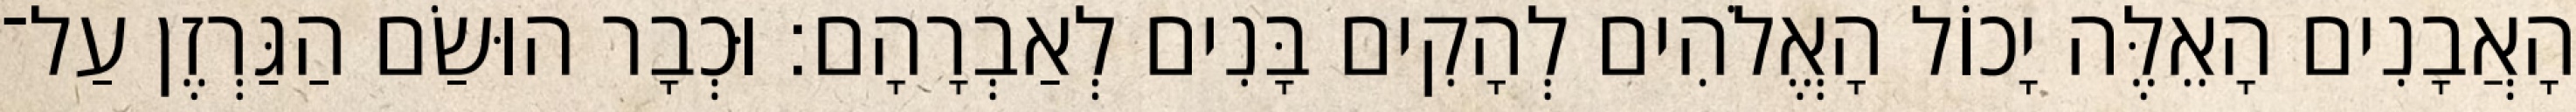
הָאֲבָנִים הָאֵלֶּה יָכוֹל הָאֱלֹהִים לְהָקִים בָּנִים לְאַבְרָהָם׃ וּכְבָר הוּשַׂם הַגַּרְזֶן עַל־